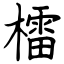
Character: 檑